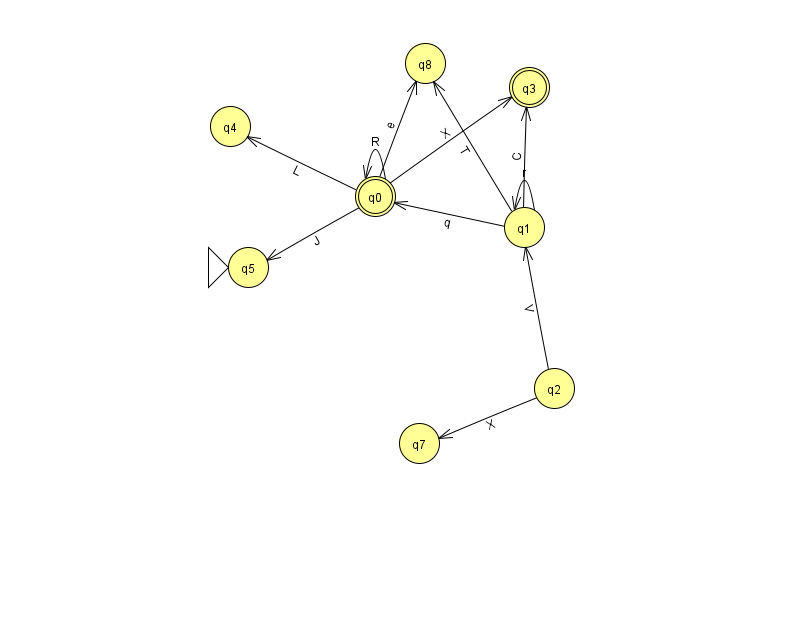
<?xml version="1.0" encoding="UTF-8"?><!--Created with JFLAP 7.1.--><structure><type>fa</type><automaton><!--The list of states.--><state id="0" name="q0"><x>375.0</x><y>183.0</y><final/></state><state id="1" name="q1"><x>524.0</x><y>214.0</y></state><state id="2" name="q2"><x>554.0</x><y>375.0</y></state><state id="3" name="q3"><x>529.0</x><y>74.0</y><final/></state><state id="4" name="q4"><x>230.0</x><y>113.0</y></state><state id="5" name="q5"><x>248.0</x><y>254.0</y><initial/></state><state id="7" name="q7"><x>419.0</x><y>430.0</y></state><state id="8" name="q8"><x>425.0</x><y>50.0</y></state><!--The list of transitions.--><transition><from>0</from><to>0</to><read>R</read></transition><transition><from>1</from><to>1</to><read>r</read></transition><transition><from>2</from><to>7</to><read>X</read></transition><transition><from>2</from><to>1</to><read>V</read></transition><transition><from>0</from><to>3</to><read>X</read></transition><transition><from>1</from><to>8</to><read>T</read></transition><transition><from>1</from><to>3</to><read>C</read></transition><transition><from>0</from><to>5</to><read>J</read></transition><transition><from>1</from><to>0</to><read>q</read></transition><transition><from>0</from><to>8</to><read>e</read></transition><transition><from>0</from><to>4</to><read>L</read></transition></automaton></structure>